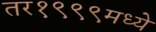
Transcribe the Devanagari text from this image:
तर१९९९मध्ये